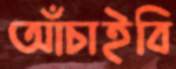
আঁচাইবি